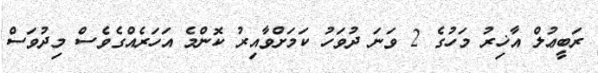
ރަބީޢުލް އާޚިރު މަހުގެ 2 ވަނަ ދުވަހު ކަމަށްވާއިރު ކޮންމެ އަހަރެއްގެވެސް މިދުވަސް